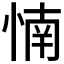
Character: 𰑳